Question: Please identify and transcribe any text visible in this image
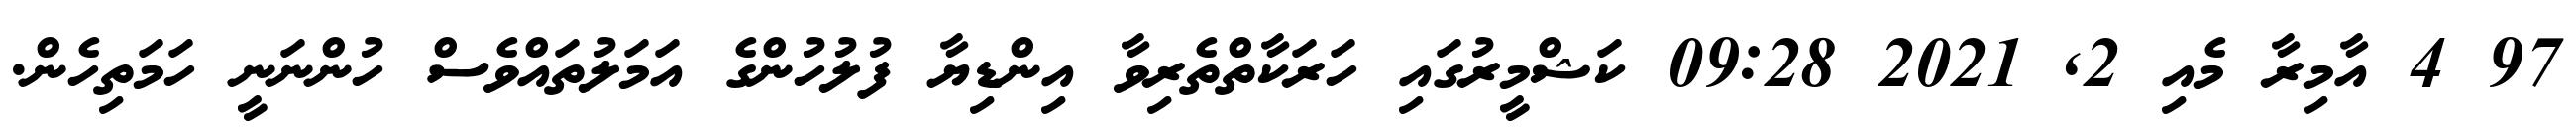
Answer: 97 4 އާމިރާ މެއި 2, 2021 09:28 ކަޝްމީރުގައި ހަރަކާތްތެރިވާ އިންޑިޔާ ފުލުހުންގެ އަމަލުތައްވެސް ހުންނަނީ ހަމަތިހެން.